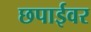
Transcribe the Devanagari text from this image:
छपाईवर